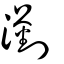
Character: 瀏